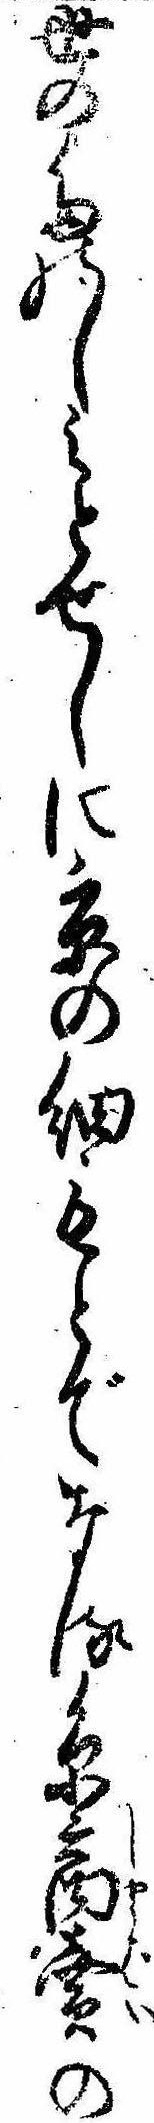
世のたのしみとせしに京の細もとでなる糸商売の